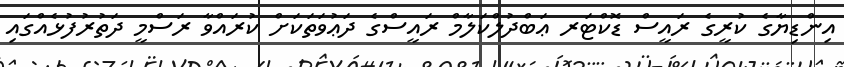
އިންޑިޔާގެ ކުރީގެ ރައީސް ޑޮކްޓަރ ޢަބްދުލްކަލާމް ރައީސްގެ ދަޢުވަތަކަށް ކުރައްވާ ރަސްމީ ދަތުރުފުޅެއްގައި